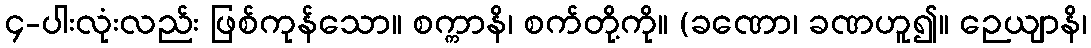
၄-ပါးလုံးလည်း ဖြစ်ကုန်သော။ စက္ကာနိ၊ စက်တို့ကို။ (ခဏော၊ ခဏဟူ၍။ ဉေယျာနိ၊